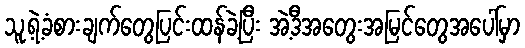
သူ့ရဲ့ခံစားချက်တွေပြင်းထန်ခဲ့ပြီး အဲ့ဒီအတွေးအမြင်တွေအပေါ်မှာ